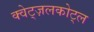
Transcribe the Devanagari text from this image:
क्वेट्ज़लकोट्ल